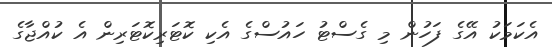
އެކަމަކު އޭގެ ފަހުން މި ގެސްޓު ހައުސްގެ އެކި ކޮޓަރިކޮޓަރިން އެ ކުއްޖާގެ